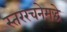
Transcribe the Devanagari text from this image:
स्तररचनेमद्धे